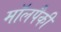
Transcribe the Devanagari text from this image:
मॉलपैकी